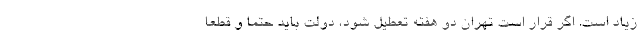
زیاد است. اگر قرار است تهران دو هفته تعطیل شود، دولت باید حتما و قطعا